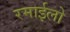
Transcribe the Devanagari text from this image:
रमाईलो